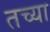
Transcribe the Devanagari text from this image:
तच्या